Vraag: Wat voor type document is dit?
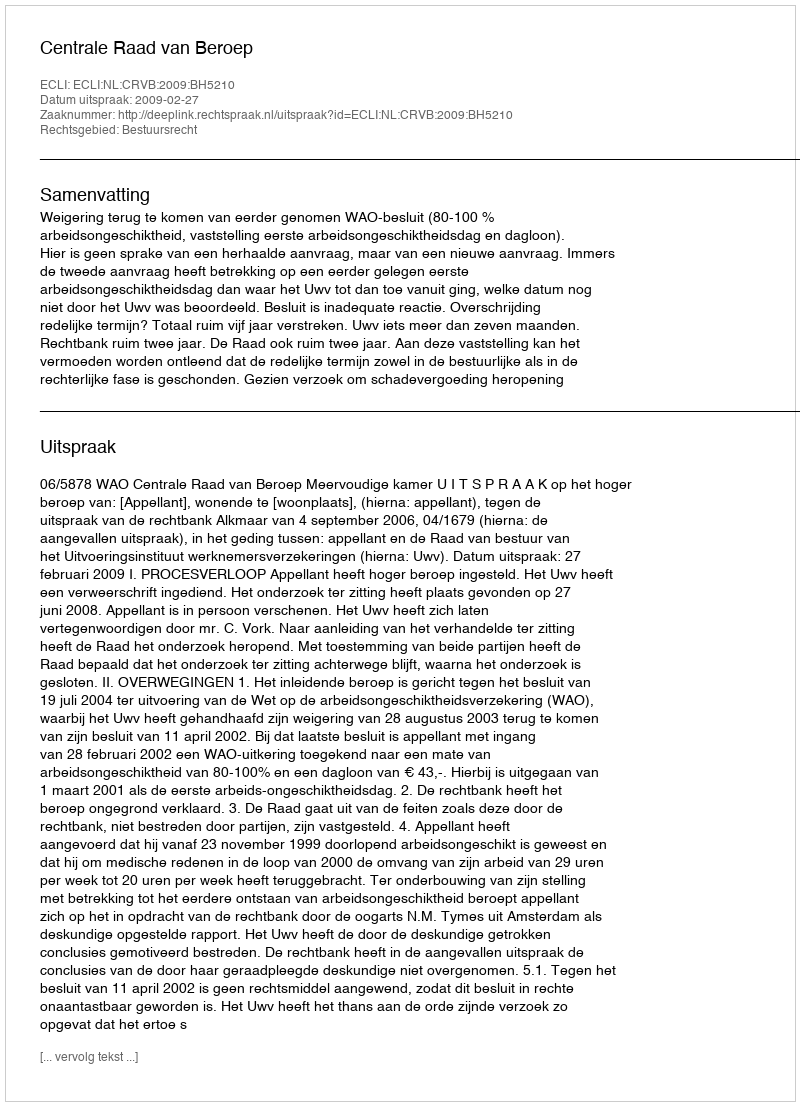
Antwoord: Uitspraak